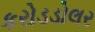
કરોડડોલર